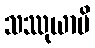
သဿုယာပိ